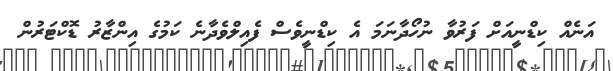
އަނެއް ކިޑްނީއަށް ފަރުވާ ނުހޯދާނަމަ އެ ކިޑްނީވެސް ފެއިލްވެދާނެ ކަމުގެ އިންޒާރު ޑޮކްޓަރުން